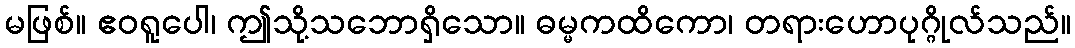
မဖြစ်။ ဧဝရူပေါ၊ ဤသို့သဘောရှိသော။ ဓမ္မကထိကော၊ တရားဟောပုဂ္ဂိုလ်သည်။